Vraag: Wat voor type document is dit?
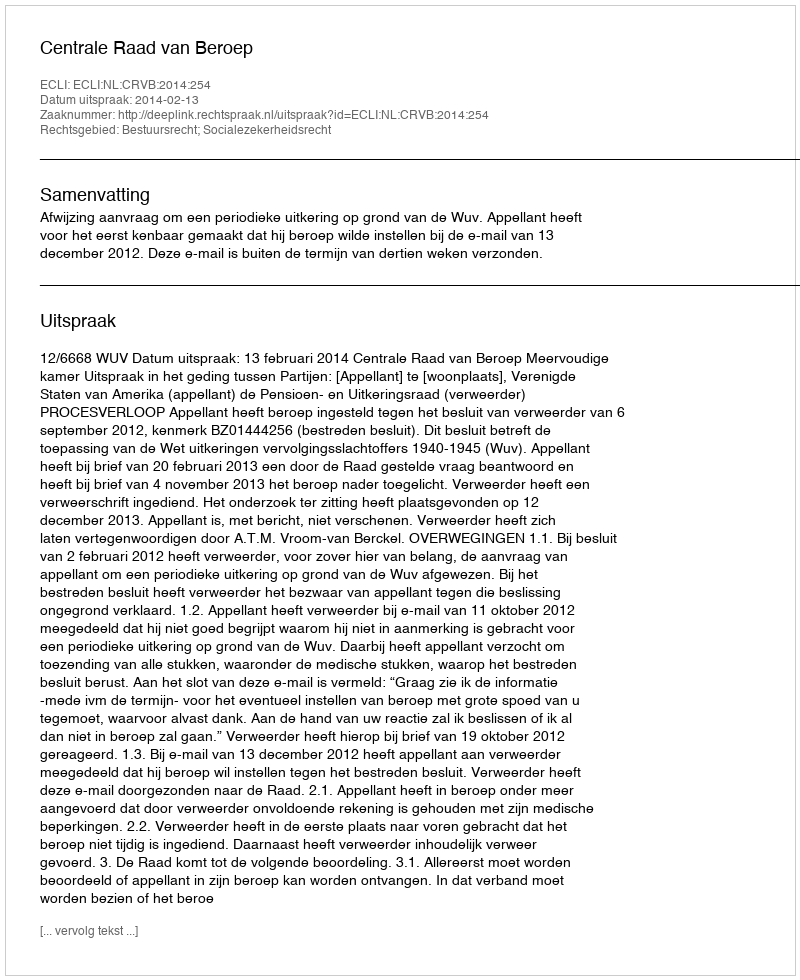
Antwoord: Uitspraak